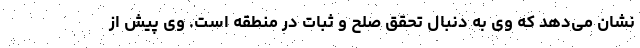
نشان می‌دهد که وی به دنبال تحقق صلح و ثبات در منطقه است. وی پیش از